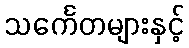
သင်္ကေတများနှင့်